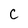
Character: C